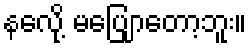
နလေို့ မပြျောတော့ဘူး။